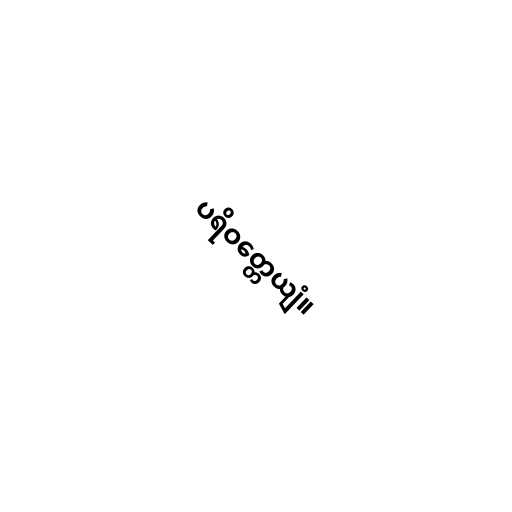
ပရိဝတ္တေယျံ။